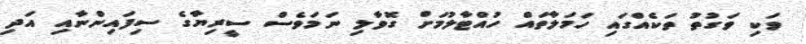
ވަކި ވަގުތު ތަކެއްގައި ހަމަލާތައް ހުއްޓާލުމަށް ގޮވާލި ނަމަވެސް ސީރިޔާގެ ސިފައިންނާއި އަދި